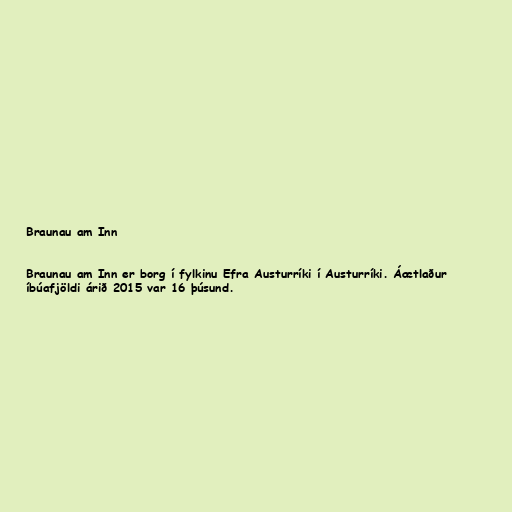
Braunau am Inn

Braunau am Inn er borg í fylkinu Efra Austurríki í Austurríki. Áætlaður
íbúafjöldi árið 2015 var 16 þúsund.